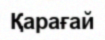
Қарағай